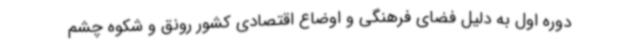
دوره اول به دلیل فضای فرهنگی و اوضاع اقتصادی کشور رونق و شکوه چشم